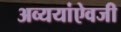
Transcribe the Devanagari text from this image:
अव्ययांऐवजी